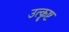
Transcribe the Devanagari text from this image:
उत्कॄष्ट